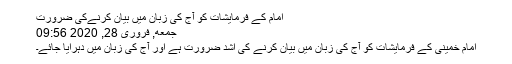
امام کے فرمایشات کو آج کی زبان میں بیان کرنےکی ضرورت
جمعه, فروری 28, 2020 09:56
امام خمینی کے فرمایشات کو آج کی زبان میں بیان کرنے کی اشد ضرورت ہے اور آج کی زبان میں دہرایا جائے۔